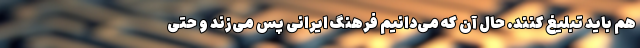
هم باید تبلیغ کنند. حال آن که می‌دانیم فرهنگ ایرانی پس می‌زند و حتی